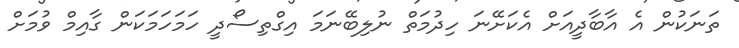
ތަނަކުން އެ އާބާދީއަށް އެކަށޭނަ ހިދުމަތް ނުލިބޭނަމަ އިގްތިސޯދީ ހަމަހަމަކަން ގާއިމް ވުމަށް